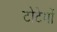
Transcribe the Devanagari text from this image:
टोटेमों